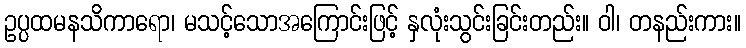
ဥပ္ပထမနသိကာရော၊ မသင့်သောအကြောင်းဖြင့် နှလုံးသွင်းခြင်းတည်း။ ဝါ၊ တနည်းကား။